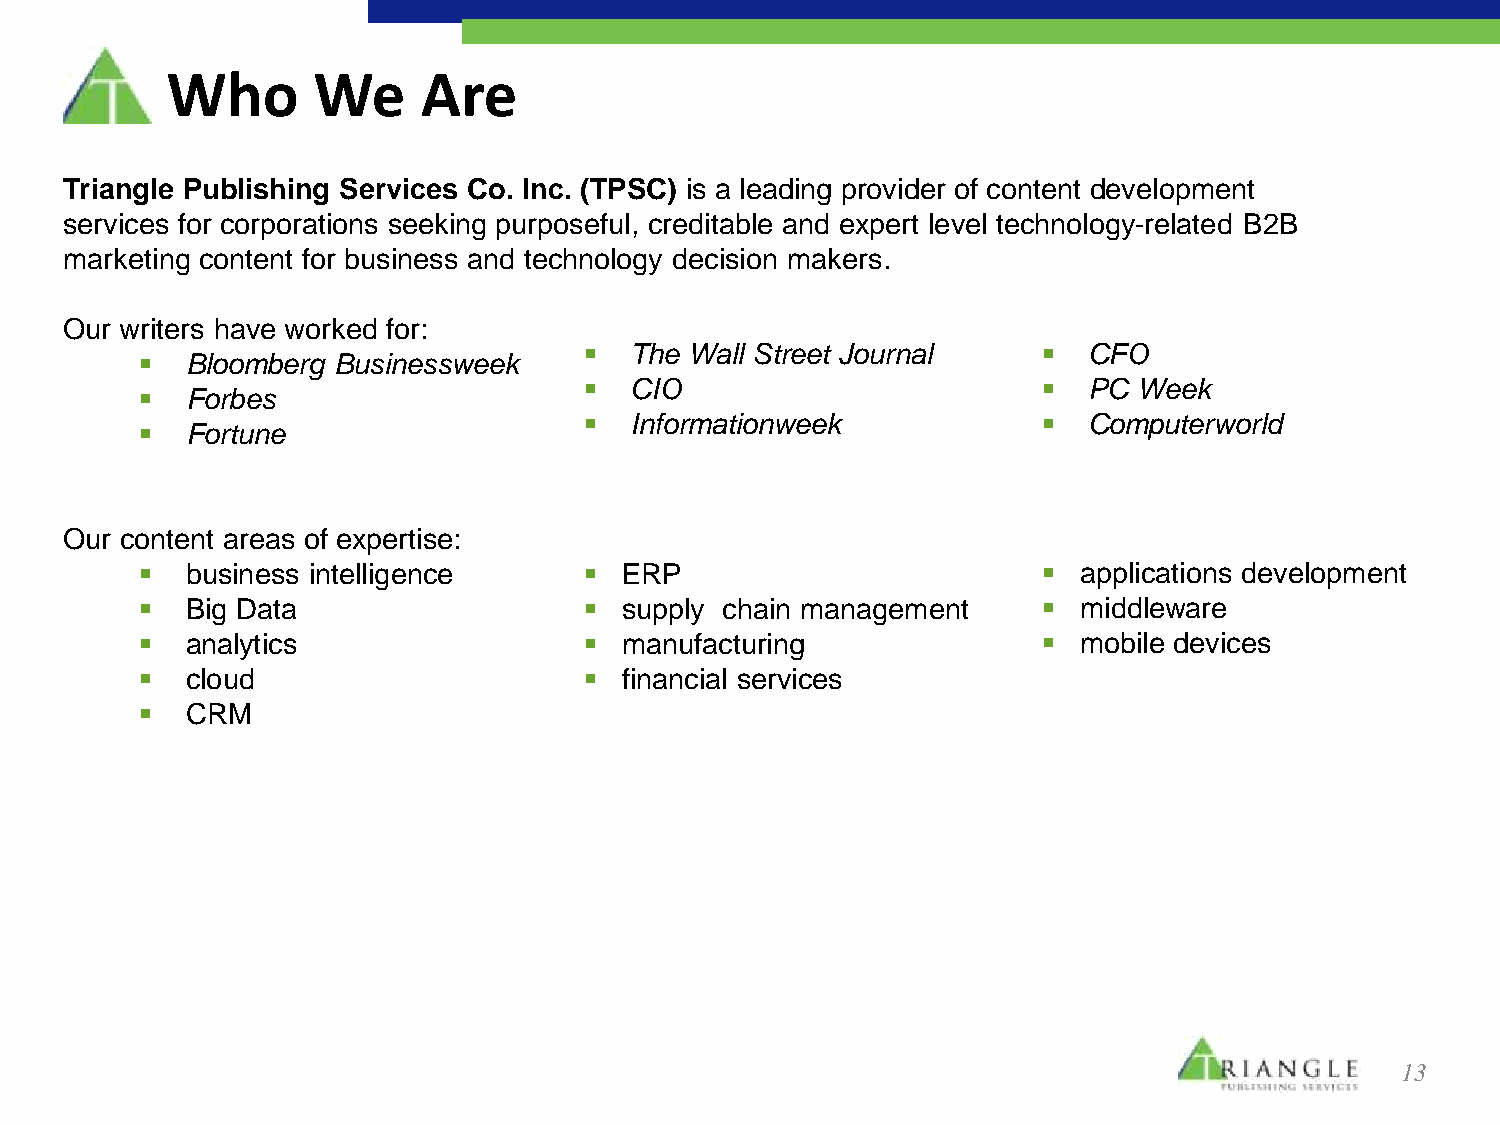
Who       We     Are
 Triangle Publishing Services Co. Inc. (TPSC) is a leading provider of content development
 services for corporations seeking purposeful, creditable and expert level technology-related B2B
 marketing content for business and technology decision makers.
 Our writers have worked for:
   The Wall Street Journal      CFO
   Bloomberg Businessweek
   CIO                          PC Week
   Forbes
   Informationweek              Computerworld
   Fortune
 Our content areas of expertise:
   business intelligence       ERP                          applications development
   Big Data                    supply chain management      middleware
   analytics                   manufacturing                mobile devices
   cloud                       financial services
   CRM
 13